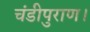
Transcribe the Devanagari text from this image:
चंडीपुराण।